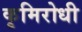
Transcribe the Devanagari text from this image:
कृमिरोधी